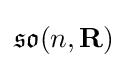
{\mathfrak {so}}(n,\mathbf {R} )